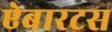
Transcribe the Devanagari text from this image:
ऐबारटस